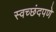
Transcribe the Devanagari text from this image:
स्वच्छंदपणे